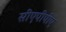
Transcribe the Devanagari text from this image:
सीएपीपीए